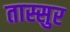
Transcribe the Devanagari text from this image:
तास्सुर